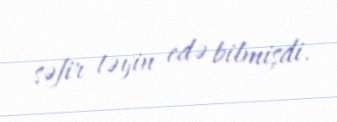
səfir təyin edə bilmişdi.